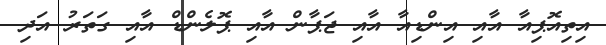
އިތިއޮޕިއާ އާއި އިންޑިއާ އާއި ޖަޕާން އާއި ޕޮލެންޑް އާއި ގަތަރު އަދި